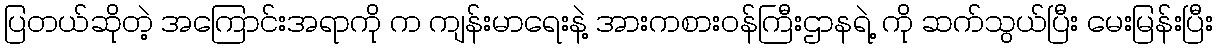
ပြတယ်ဆိုတဲ့ အကြောင်းအရာကို က ကျန်းမာရေးနဲ့ အားကစားဝန်ကြီးဌာနရဲ့ ကို ဆက်သွယ်ပြီး မေးမြန်းပြီး